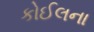
કોઈલના